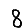
Digit: 8